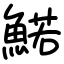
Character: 鰙